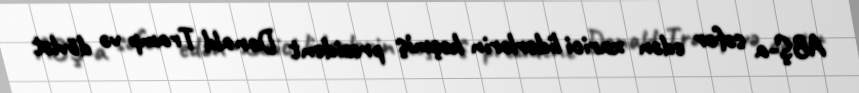
ABŞ-a səfər edən xarici liderlərin keçmiş prezident Donald Tramp və dövlət